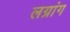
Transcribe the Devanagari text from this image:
लग्रांग